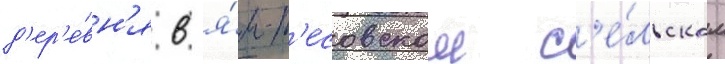
д'ер'е́вн'я в я́м-т'есовском с'е́льском